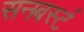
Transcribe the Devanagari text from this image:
सनबर्स्ट